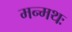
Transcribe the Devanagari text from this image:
मन्मथः